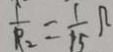
\frac { 1 } { R _ { 2 } } = \frac { 1 } { 1 5 } \Omega